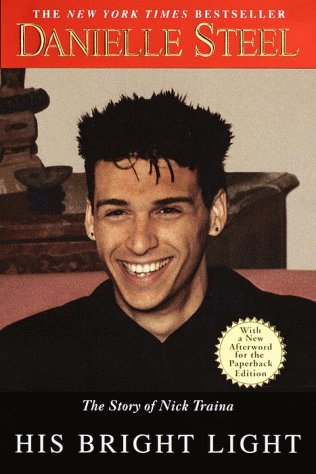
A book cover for His Bright Light: The Story of Nick Traina; Danielle Steel; Self-Help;